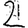
Digit: 2